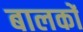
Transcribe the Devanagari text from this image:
बालकोंं